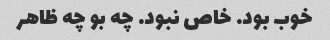
خوب بود. خاص نبود. چه بو چه ظاهر